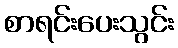
စာရင်းပေးသွင်း